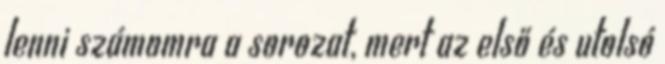
lenni számomra a sorozat, mert az első és utolsó